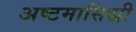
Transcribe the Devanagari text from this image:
अष्टमासिद्धी